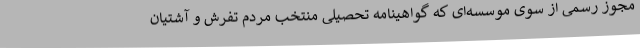
مجوز رسمی از سوی موسسه‌ای که گواهینامه تحصیلی منتخب مردم تفرش و آشتیان